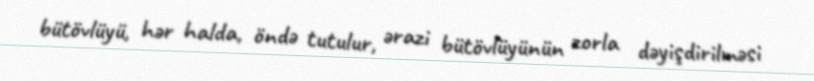
bütövlüyü, hər halda, öndə tutulur, ərazi bütövlüyünün zorla dəyişdirilməsi